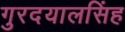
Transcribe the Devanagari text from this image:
गुरदयालसिंह